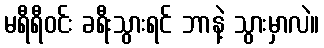
မရီရီဝင်း ခရီးသွားရင် ဘာနဲ့ သွားမှာလဲ။